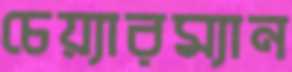
চেয়্যারম্যান